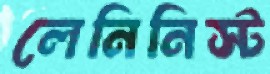
লেনিনিস্ট